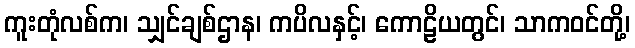
ကူးတုံလစ်က၊ သျှင်ချစ်ဌာန၊ ကပိလနှင့်၊ ကောဠိယတွင်၊ သာကဝင်တို့၊